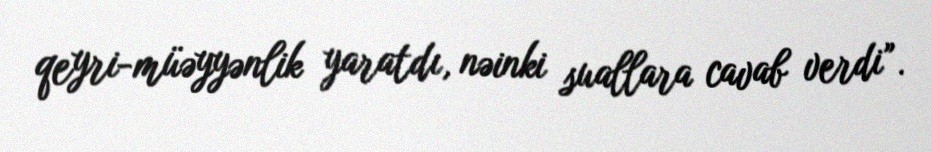
qeyri-müəyyənlik yaratdı, nəinki suallara cavab verdi”.